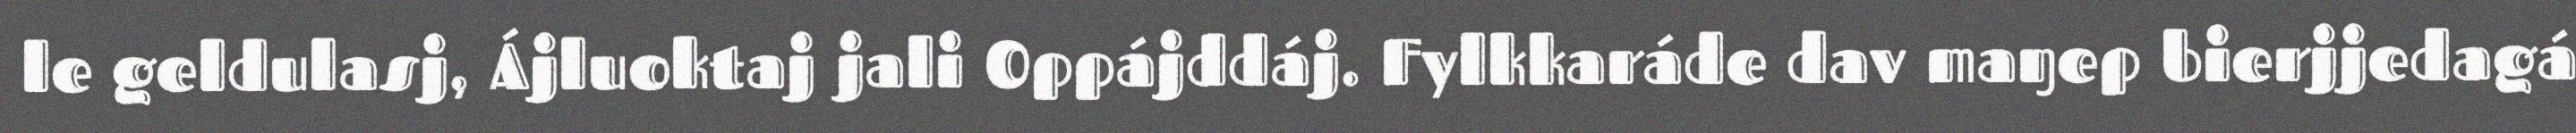
le geldulasj, Ájluoktaj jali Oppájddáj. Fylkkaráde dav maŋep bierjjedagá